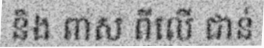
និង ពាស ពីលើ ជាន់